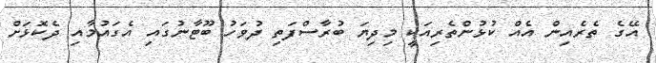
އޭގެ ތެރެއިން އެއް ކުޅުންތެރިއަކީ މިދިޔަ ބުރާސްފަތި ދުވަހު ބޫޓާނުގައި އެގައުމާއި ދެކޮޅަށް